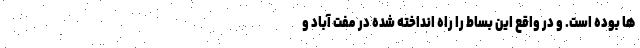
ها بوده است. و در واقع این بساط را راه انداخته شده در مفت آباد و